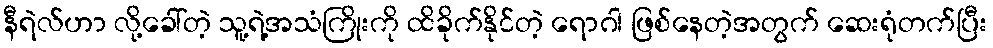
နီရဲလ်ဟာ လို့ခေါ်တဲ့ သူ့ရဲ့အသံကြိုးကို ထိခိုက်နိုင်တဲ့ ရောဂါ ဖြစ်နေတဲ့အတွက် ဆေးရုံတက်ပြီး